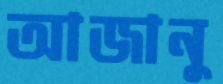
আজানু